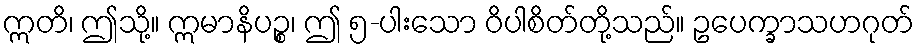
ဣတိ၊ ဤသို့။ ဣမာနိပဉ္စ၊ ဤ ၅-ပါးသော ဝိပါစိတ်တို့သည်။ ဥပေက္ခာသဟဂုတ်